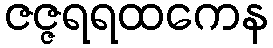
ဇဇ္ဇရရထကေန